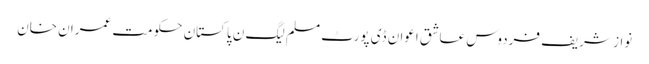
نواز شریف فردوس عاشق اعوان ڈی پورٹ مسلم لیگ ن پاکستان حکومت عمران خان